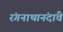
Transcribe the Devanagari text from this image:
रंगनाथानंदांचे